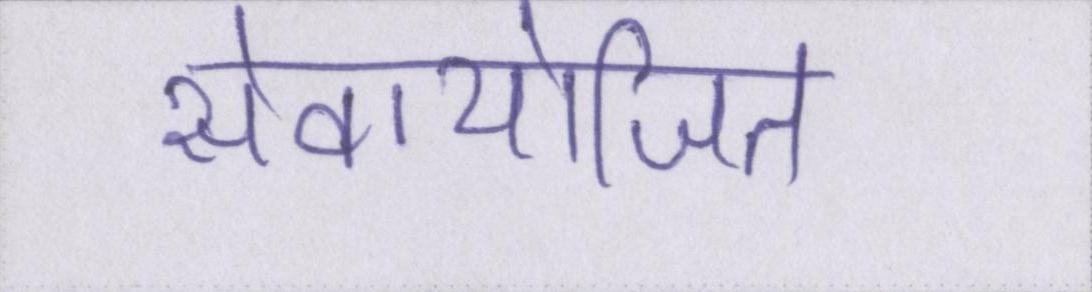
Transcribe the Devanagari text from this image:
सेवायोजित